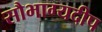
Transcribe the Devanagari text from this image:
सौभाग्यदीप